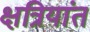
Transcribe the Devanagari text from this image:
क्षत्रियांत